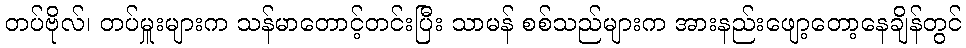
တပ်ဗိုလ်၊ တပ်မှူးများက သန်မာတောင့်တင်းပြီး သာမန် စစ်သည်များက အားနည်းဖျော့တော့နေချိန်တွင်